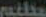
مخلفم